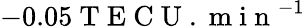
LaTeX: -0.05\mathrm{~T~E~C~U~.~m~i~n~}^{-1}